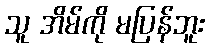
သူ အိမ်ကို မပြန်ဘူး